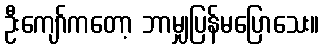
ဦးကျော်ကတော့ ဘာမျှပြန်မပြောသေး။